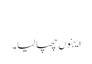
‏
ایہنوں چھپا لیا۔